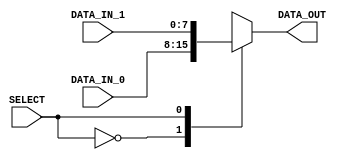
/*-----------------------------------------------------------------------------------
* Date generated: 25/03/2023
* Date modified: 11/05/2023
* Description: Selects between the original coord (0) or the increased coord (1). For X and Y coords.
*----------------------------------------------------------------------------------- */

module mux_sel_coord (
  input signed [7:0] DATA_IN_0,
  input signed [7:0] DATA_IN_1,
  input [0:0] SELECT,
  output reg signed [7:0] DATA_OUT
);
    

// ------------------------------------------
// Sequential logic
// ------------------------------------------
always @ (SELECT or DATA_IN_0 or DATA_IN_1)
  case (SELECT)
	1'b0: DATA_OUT = DATA_IN_0;
	1'b1: DATA_OUT = DATA_IN_1;
  endcase

endmodule // mux_sel_coord